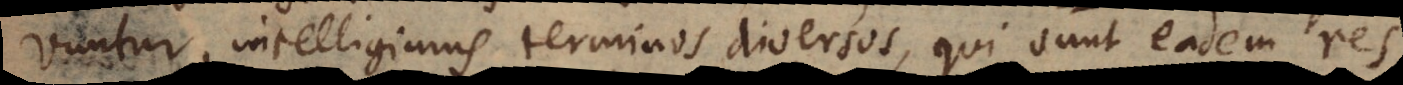
vuntur, intelligimus terminos diversos, qui sunt eadem res.